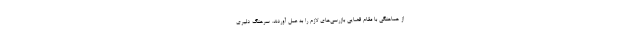
از هماهنگی با مقام قضایی بازرسی‌های لازم را به عمل آوردند. سرهنگ دلیری